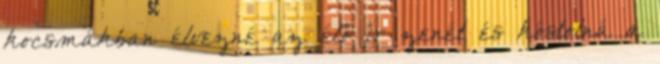
kocsmákban élvezné az élő ír zenét és kóstolná a